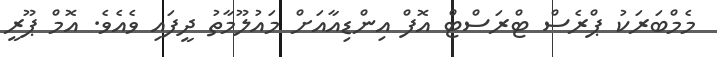
މެމްބަރަކު ޕްރެސް ޓްރަސްޓް އޮފް އިންޑިއާއަށް މައުލޫމާތު ދީފައި ވެއެވެ. އޮމް ޕޫރީ